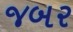
જબર